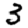
Digit: 3